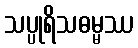
သပ္ပုရိသဓမ္မဿ